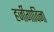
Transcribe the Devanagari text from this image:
हर्जीगाविना